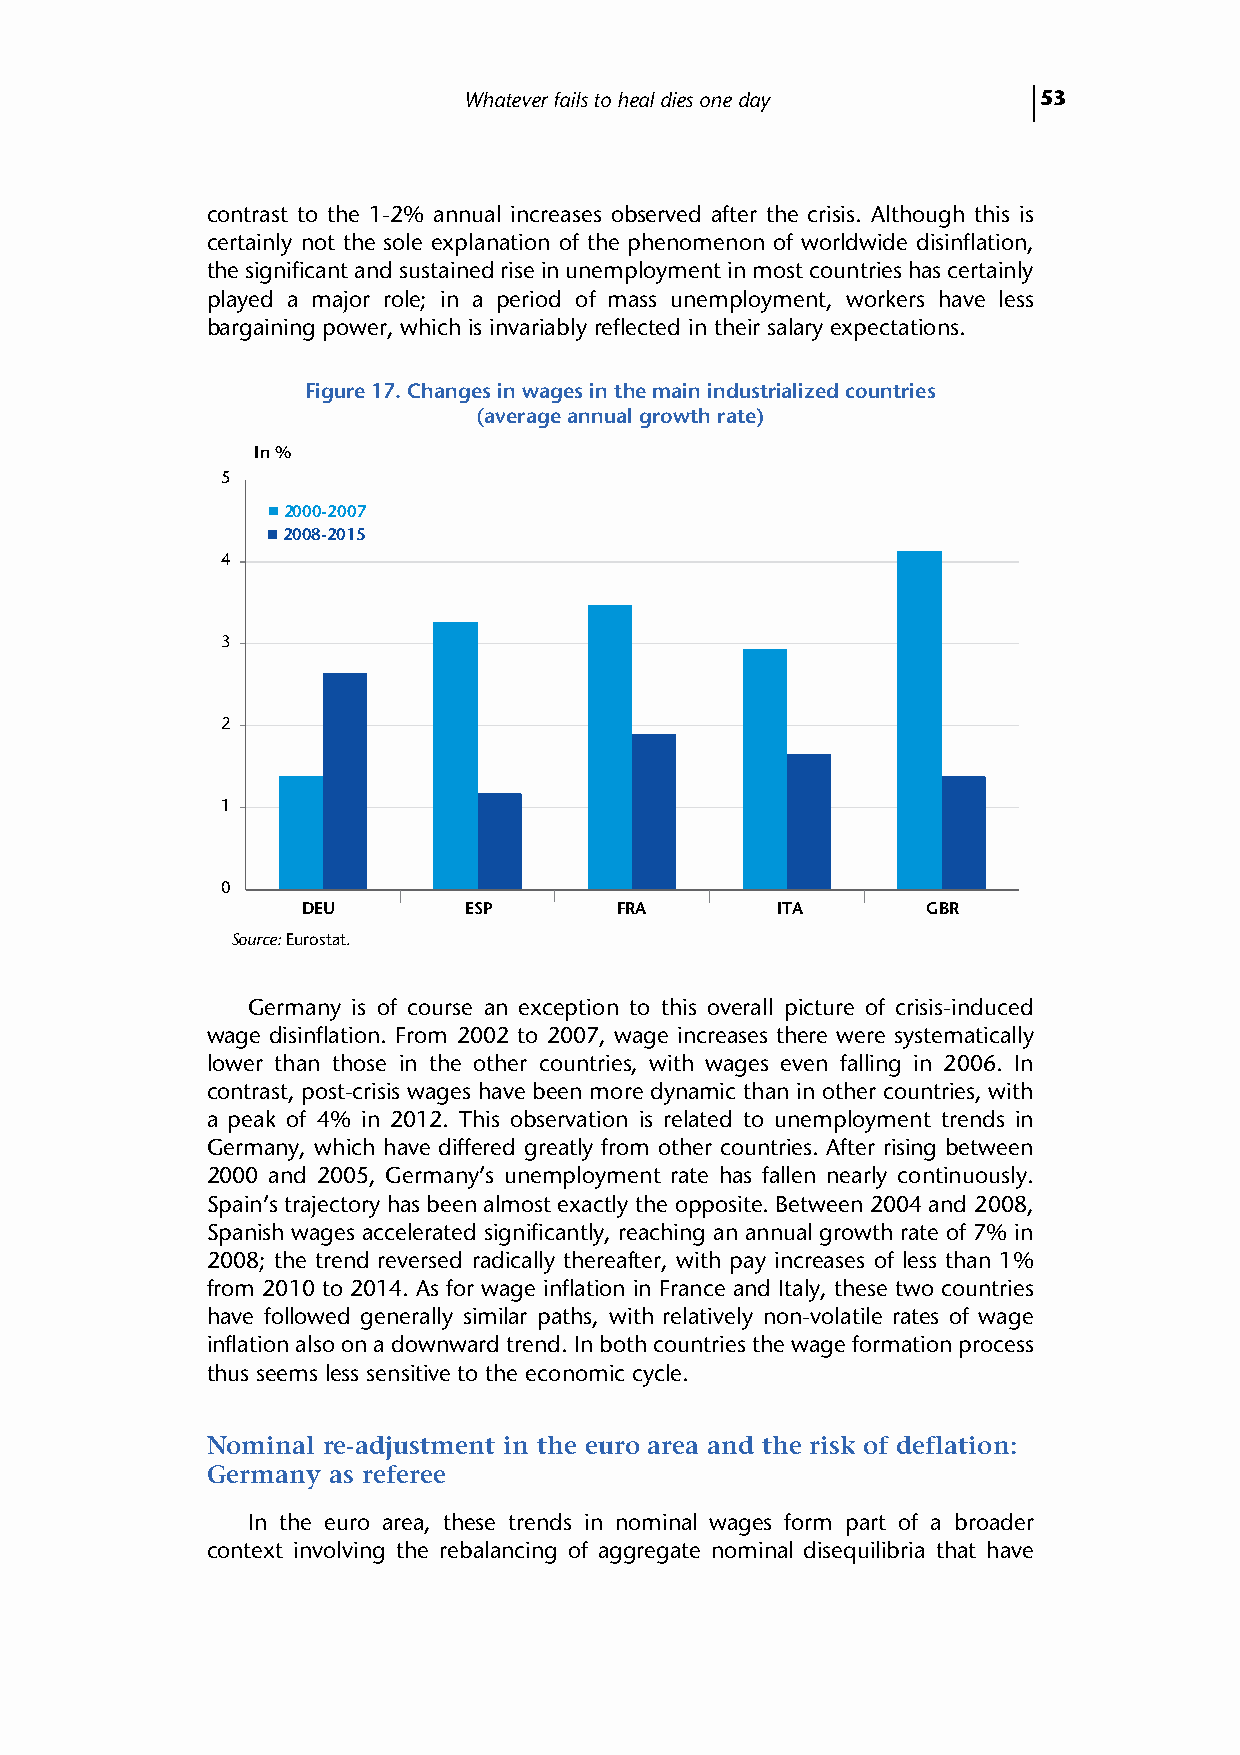
Whatever fails to heal dies one day   53
 contrast to the 1-2% annual increases observed after the crisis. Although this is
 certainly not the sole explanation of the phenomenon of worldwide disinflation,
 the significant and sustained rise in unemployment in most countries has certainly
 played a major role; in a period of mass unemployment, workers have less
 bargaining power, which is invariably reflected in their salary expectations.
 Figure 17. Changes in wages in the main industrialized countries
 (average annual growth rate)
 In %
 5
 2000-2007
 2008-2015
 4
 3
 2
 1
 0
 DEU        ESP       FRA       ITA       GBR
 Source: Eurostat.
 Germany is of course an exception to this overall picture of crisis-induced
 wage disinflation. From 2002 to 2007, wage increases there were systematically
 lower than those in the other countries, with wages even falling in 2006. In
 contrast, post-crisis wages have been more dynamic than in other countries, with
 a peak of 4% in 2012. This observation is related to unemployment trends in
 Germany, which have differed greatly from other countries. After rising between
 2000 and 2005, Germany’s unemployment rate has fallen nearly continuously.
 Spain’s trajectory has been almost exactly the opposite. Between 2004 and 2008,
 Spanish wages accelerated significantly, reaching an annual growth rate of 7% in
 2008; the trend reversed radically thereafter, with pay increases of less than 1%
 from 2010 to 2014. As for wage inflation in France and Italy, these two countries
 have followed generally similar paths, with relatively non-volatile rates of wage
 inflation also on a downward trend. In both countries the wage formation process
 thus seems less sensitive to the economic cycle.
 Nominal re-adjustment in the euro area and the risk of deflation:
 Germany as referee
 In the euro area, these trends in nominal wages form part of a broader
 context involving the rebalancing of aggregate nominal disequilibria that have